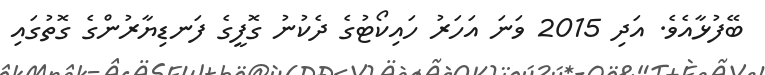
ބޭފުޅާއެވެ. އަދި 2015 ވަނަ އަހަރު ހައިކޯޓުގެ ދެކުނު ގޮފީގެ ފަނޑިޔާރުންގެ ގޮތުގައި